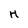
Character: H